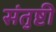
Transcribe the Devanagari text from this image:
संतुष्टी